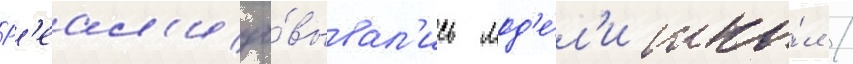
Р'еал'изо́вывал'ись мод'е́л'и шко́л /